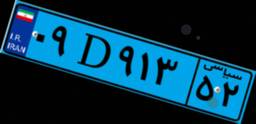
۴۰D۱۷۰۲۹